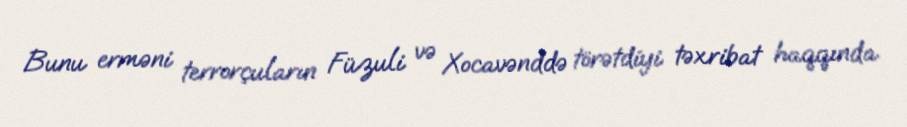
Bunu erməni terrorçuların Füzuli və Xocavənddə törətdiyi təxribat haqqında